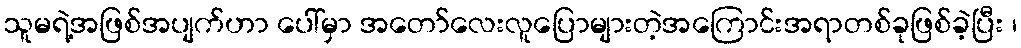
သူမရဲ့အဖြစ်အပျက်ဟာ ပေါ်မှာ အတော်လေးလူပြောများတဲ့အကြောင်းအရာတစ်ခုဖြစ်ခဲ့ပြီး ၊